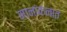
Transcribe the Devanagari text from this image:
मानांकनात